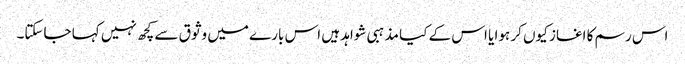
اس رسم کا اغاز کیوں کر ہوا یا اس کے کیا مذہبی شواہد ہیں اس بارے میں وثوق سے کچھ نہیں کہا جاسکتا۔